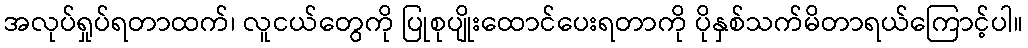
အလုပ်ရှုပ်ရတာထက်၊ လူငယ်တွေကို ပြုစုပျိုးထောင်ပေးရတာကို ပိုနှစ်သက်မိတာရယ်ကြောင့်ပါ။